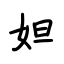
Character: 妲